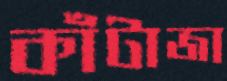
কাঁটাজা